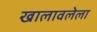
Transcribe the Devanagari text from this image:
खालावलेला